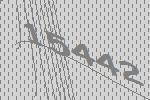
15442